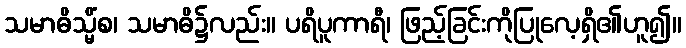
သမာဓိသ္မိံစ၊ သမာဓိ၌လည်း။ ပရိပူကာရီ၊ ဖြည့်ခြင်းကိုပြုလေ့ရှိ၏ဟူ၍။